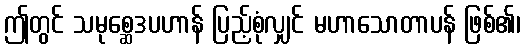
ဤတွင် သမုစ္ဆေဒပဟာန် ပြည့်စုံလျှင် မဟာသောတာပန် ဖြစ်၏၊